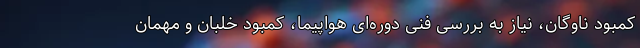
کمبود ناوگان، نیاز به بررسی فنی دوره‌ای هواپیما، کمبود خلبان و مهمان